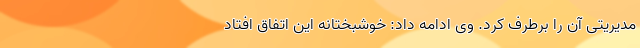
مدیریتی آن را برطرف کرد. وی ادامه داد:‌ خوشبختانه این اتفاق افتاد